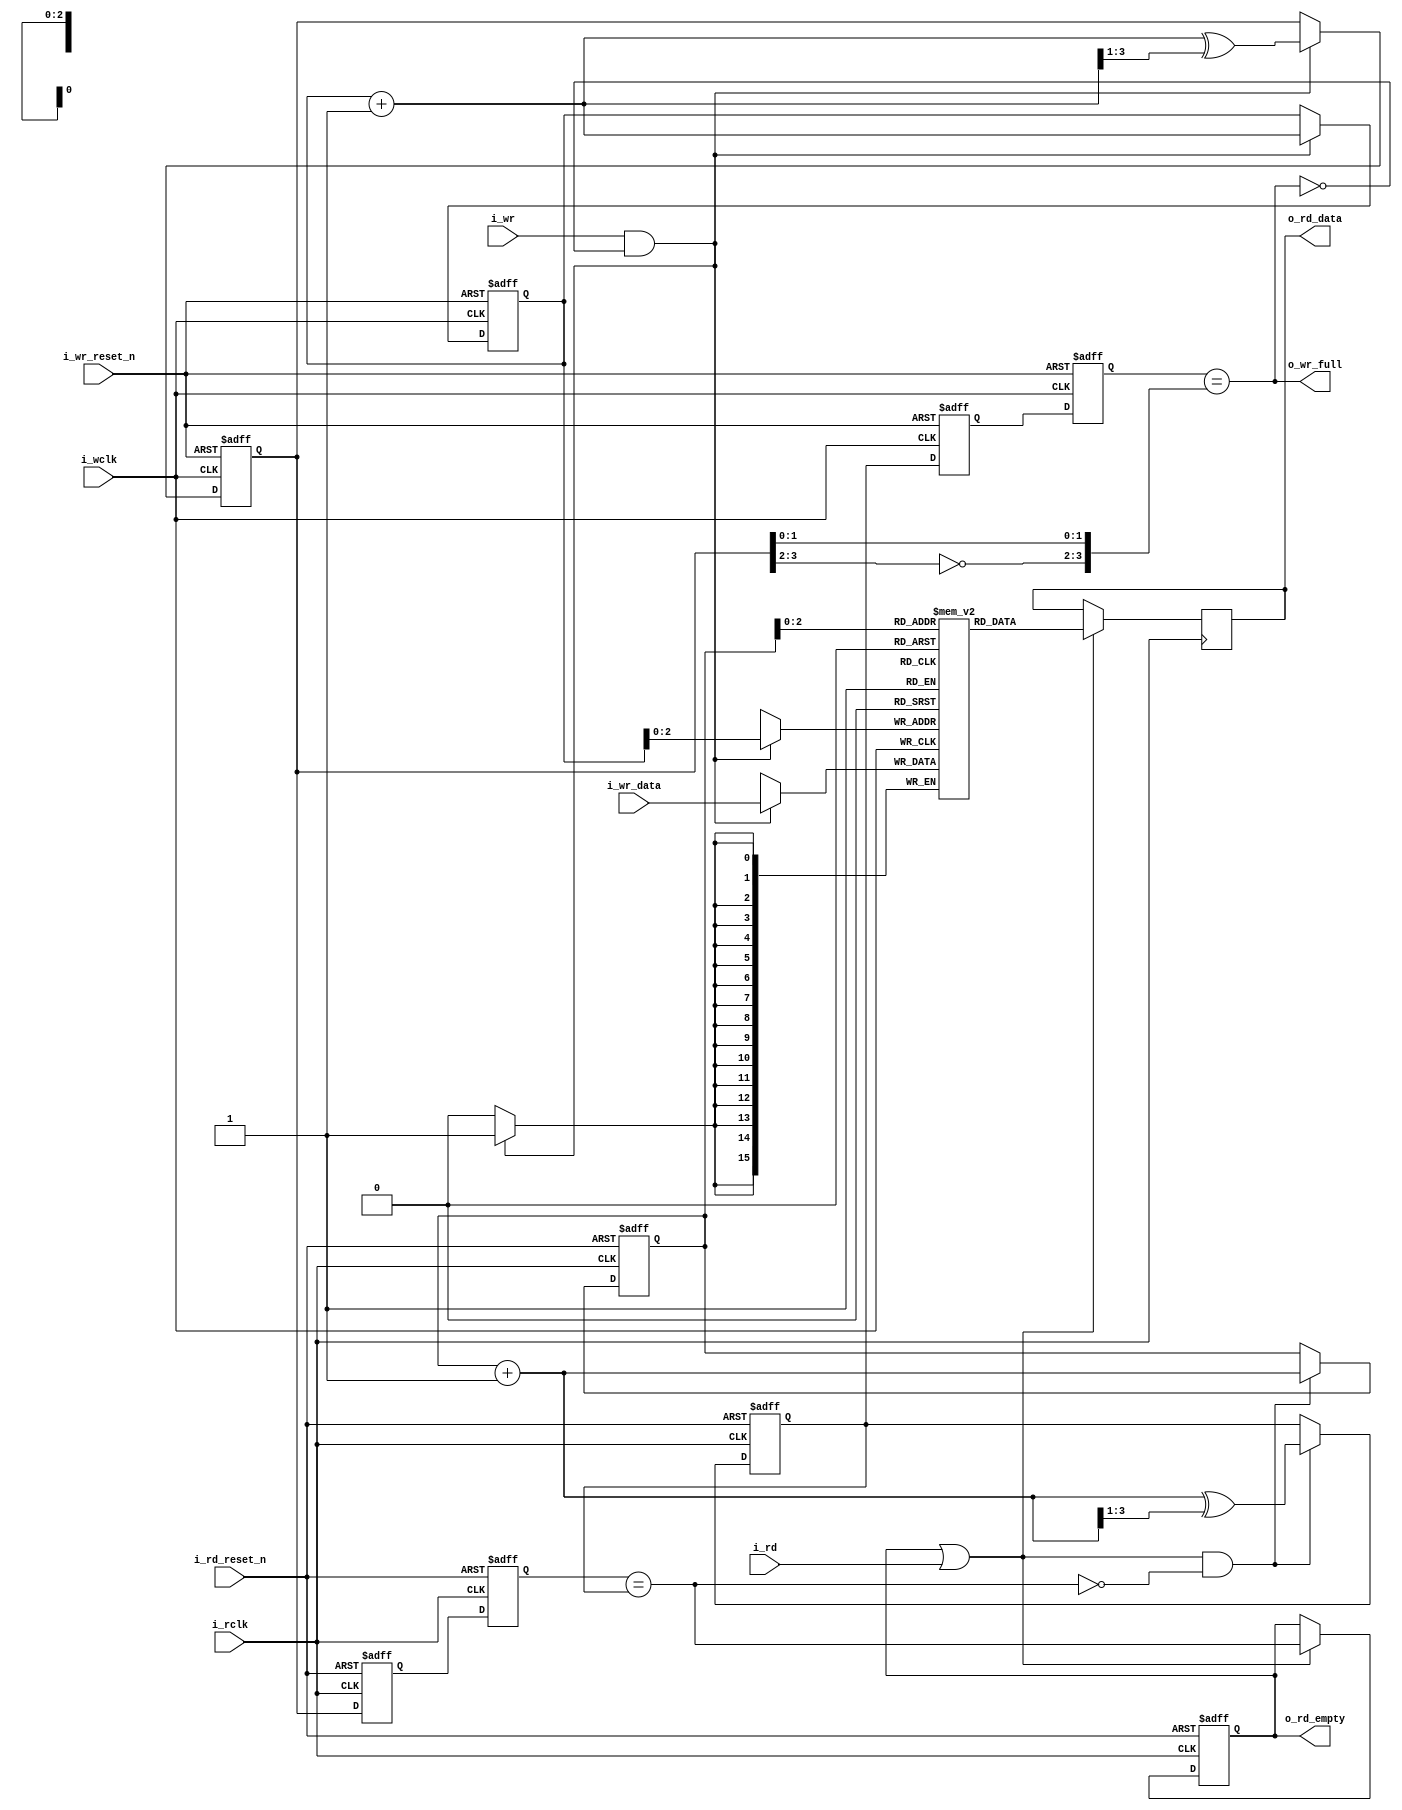
module afifo #(
		// {{{
		// LGFIFO is the log based-two of the number of entries
		//	in the FIFO, log_2(fifo size)
		parameter	LGFIFO = 3,
		//
		// WIDTH is the number of data bits in each entry
		parameter	WIDTH  = 16,
		//
		// NFF is the number of flip flops used to cross clock domains.
		// 2 is a minimum.  Some applications appreciate the better
		parameter	NFF    = 2,
		//
		// This core can either write on the positive edge of the clock
		// or the negative edge.  Set WRITE_ON_POSEDGE (the default)
		// to write on the positive edge of the clock.
		parameter [0:0]	WRITE_ON_POSEDGE = 1'b1,
		//
		// Many  logic elements can read from memory asynchronously.
		// This burdens any following logic.  By setting
		// OPT_REGISTER_READS, we force all reads to be synchronous and
		// not burdened by any logic.  You can spare a clock of latency
		// by clearing this register.
		parameter [0:0]	OPT_REGISTER_READS = 1'b1,
		//
		// MSB = most significant bit of the FIFO address vector.  It's
		// just short-hand for LGFIFO, and won't work any other way.
		localparam	MSB = LGFIFO
`ifdef	FORMAL
		// F_OPT_DATA_STB
		// {{{
		// In the formal proof, F_OPT_DATA_STB includes a series of
		// assumptions associated with a data strobe I/O pin--things
		// like a discontinuous clock--just to make sure the core still
		// works in those circumstances
		, parameter [0:0]	F_OPT_DATA_STB = 1'b1
		// }}}
`endif
		// }}}
	) (
		// {{{
		//
		// The (incoming) write data interface
		input	wire			i_wclk, i_wr_reset_n, i_wr,
		input	wire	[WIDTH-1:0]	i_wr_data,
		output	reg			o_wr_full,
		//
		// The (incoming) write data interface
		input	wire			i_rclk, i_rd_reset_n, i_rd,
		output	reg	[WIDTH-1:0]	o_rd_data,
		output	reg			o_rd_empty
`ifdef	FORMAL
		, output reg	[LGFIFO:0]	f_fill
`endif
		// }}}
	);

	// Register/net declarations
	// {{{
	reg	[WIDTH-1:0]		mem	[(1<<LGFIFO)-1:0];
	reg	[LGFIFO:0]		rd_addr, wr_addr,
					rd_wgray, wr_rgray;
	wire	[LGFIFO:0]		next_rd_addr, next_wr_addr;
	reg	[LGFIFO:0]		rgray, wgray;
	(* ASYNC_REG = "TRUE" *) reg	[(LGFIFO+1)*(NFF-1)-1:0]
					rgray_cross, wgray_cross;
	wire				wclk;
	reg	[WIDTH-1:0]		lcl_rd_data;
	reg				lcl_read, lcl_rd_empty;
	// }}}

	// wclk - Write clock generation
	// {{{
	generate if (WRITE_ON_POSEDGE)
	begin

		assign	wclk = i_wclk;

	end else begin

		assign	wclk = !i_wclk;

	end endgenerate
	// }}}

	////////////////////////////////////////////////////////////////////////
	//
	// Write to and read from memory
	// {{{
	////////////////////////////////////////////////////////////////////////
	//
	//

	// wr_addr, wgray
	// {{{
	assign	next_wr_addr = wr_addr + 1;
	always @(posedge wclk or negedge i_wr_reset_n)
	if (!i_wr_reset_n)
	begin
		wr_addr <= 0;
		wgray   <= 0;
	end else if (i_wr && !o_wr_full)
	begin
		wr_addr <= next_wr_addr;
		wgray   <= next_wr_addr ^ (next_wr_addr >> 1);
	end
	// }}}

	// Write to memory
	// {{{
	always @(posedge wclk)
	if (i_wr && !o_wr_full)
		mem[wr_addr[LGFIFO-1:0]] <= i_wr_data;
	// }}}

	// rd_addr, rgray
	// {{{
	assign	next_rd_addr = rd_addr + 1;
	always @(posedge i_rclk or negedge i_rd_reset_n)
	if (!i_rd_reset_n)
	begin
		rd_addr <= 0;
		rgray   <= 0;
	end else if (lcl_read && !lcl_rd_empty)
	begin
		rd_addr <= next_rd_addr;
		rgray   <= next_rd_addr ^ (next_rd_addr >> 1);
	end
	// }}}

	// Read from memory
	// {{{
	always @(*)
		lcl_rd_data = mem[rd_addr[LGFIFO-1:0]];
	// }}}
	// }}}
	////////////////////////////////////////////////////////////////////////
	//
	// Cross clock domains
	// {{{
	////////////////////////////////////////////////////////////////////////
	//
	//

	// read pointer -> wr_rgray
	// {{{
	always @(posedge wclk or negedge i_wr_reset_n)
	if (!i_wr_reset_n)
		{ wr_rgray, rgray_cross } <= 0;
	else
		{ wr_rgray, rgray_cross } <= { rgray_cross, rgray };
	// }}}

	// write pointer -> rd_wgray
	// {{{
	always @(posedge i_rclk or negedge i_rd_reset_n)
	if (!i_rd_reset_n)
		{ rd_wgray, wgray_cross } <= 0;
	else
		{ rd_wgray, wgray_cross } <= { wgray_cross, wgray };
	// }}}

	// }}}
	////////////////////////////////////////////////////////////////////////
	//
	// Flag generation
	// {{{
	////////////////////////////////////////////////////////////////////////
	//
	//

	always @(*)
		o_wr_full = (wr_rgray == { ~wgray[MSB:MSB-1], wgray[MSB-2:0] });

	always @(*)
		lcl_rd_empty = (rd_wgray == rgray);

	// o_rd_empty, o_rd_data
	// {{{
	generate if (OPT_REGISTER_READS)
	begin
		// {{{
		always @(*)
			lcl_read = (o_rd_empty || i_rd);

		always @(posedge i_rclk or negedge i_rd_reset_n)
		if (!i_rd_reset_n)
			o_rd_empty <= 1'b1;
		else if (lcl_read)
			o_rd_empty <= lcl_rd_empty;
			
		always @(posedge i_rclk)
		if (lcl_read)
			o_rd_data <= lcl_rd_data;
		// }}}
	end else begin
		// {{{
		always @(*)
			lcl_read = i_rd;

		always @(*)
			o_rd_empty = lcl_rd_empty;

		always @(*)
			o_rd_data = lcl_rd_data;
		// }}}
	end endgenerate
	// }}}
	// }}}
////////////////////////////////////////////////////////////////////////////////
////////////////////////////////////////////////////////////////////////////////
////////////////////////////////////////////////////////////////////////////////
//
// Formal properties
// {{{
////////////////////////////////////////////////////////////////////////////////
////////////////////////////////////////////////////////////////////////////////
////////////////////////////////////////////////////////////////////////////////
`ifdef	FORMAL
	// Start out with some register/net/macro declarations, f_past_valid,etc
	// {{{
`ifdef	AFIFO
`define	ASSERT	assert
`define	ASSUME	assume
`else
`define	ASSERT	assert
`define	ASSUME	assert
`endif

	(* gclk *)	reg	gbl_clk;
	reg			f_past_valid_gbl, f_past_valid_rd,
				f_rd_in_reset, f_wr_in_reset;
	reg	[WIDTH-1:0]	past_rd_data, past_wr_data;
	reg			past_wr_reset_n, past_rd_reset_n,
				past_rd_empty, past_wclk, past_rclk, past_rd;
	reg	[(LGFIFO+1)*(NFF-1)-1:0]	f_wcross, f_rcross;
	reg	[LGFIFO:0]	f_rd_waddr, f_wr_raddr;
	reg	[LGFIFO:0]	f_rdcross_fill	[NFF-1:0];
	reg	[LGFIFO:0]	f_wrcross_fill	[NFF-1:0];


	initial	f_past_valid_gbl = 1'b0;
	always @(posedge gbl_clk)
		f_past_valid_gbl <= 1'b1;

	initial	f_past_valid_rd = 1'b0;
	always @(posedge i_rclk)
		f_past_valid_rd <= 1'b1;
	// }}}
	////////////////////////////////////////////////////////////////////////
	//
	// Reset checks
	// {{{
	////////////////////////////////////////////////////////////////////////
	//
	//
	initial	f_wr_in_reset = 1'b1;
	always @(posedge wclk or negedge i_wr_reset_n)
	if (!i_wr_reset_n)
		f_wr_in_reset <= 1'b1;
	else
		f_wr_in_reset <= 1'b0;

	initial	f_rd_in_reset = 1'b1;
	always @(posedge i_rclk or negedge i_rd_reset_n)
	if (!i_rd_reset_n)
		f_rd_in_reset <= 1'b1;
	else
		f_rd_in_reset <= 1'b0;

	//
	// Resets are ...
	//	1. Asserted always initially, and ...
	always @(*)
	if (!f_past_valid_gbl)
	begin
		`ASSUME(!i_wr_reset_n);
		`ASSUME(!i_rd_reset_n);
	end

	//	2. They only ever become active together
	always @(*)
	if (past_wr_reset_n && !i_wr_reset_n)
		`ASSUME(!i_rd_reset_n);

	always @(*)
	if (past_rd_reset_n && !i_rd_reset_n)
		`ASSUME(!i_wr_reset_n);

	// }}}
	////////////////////////////////////////////////////////////////////////
	//
	// Synchronous signal assumptions
	// {{{
	////////////////////////////////////////////////////////////////////////
	//
	//

	always @(posedge gbl_clk)
	begin
		past_wr_reset_n <= i_wr_reset_n;
		past_rd_reset_n <= i_rd_reset_n;

		past_wclk  <= wclk;
		past_rclk  <= i_rclk;

		past_rd      <= i_rd;
		past_rd_data <= lcl_rd_data;
		past_wr_data <= i_wr_data;

		past_rd_empty<= lcl_rd_empty;
	end

	//
	// Read side may be assumed to be synchronous
	always @(*)
	if (f_past_valid_gbl && i_rd_reset_n && (past_rclk || !i_rclk))
		// i.e. if (!$rose(i_rclk))
		`ASSUME(i_rd == past_rd);

	always @(*)
	if (f_past_valid_rd && !f_rd_in_reset && !lcl_rd_empty
		&&(past_rclk || !i_rclk))
	begin
		`ASSERT(lcl_rd_data == past_rd_data);
		`ASSERT(lcl_rd_empty == past_rd_empty);
	end


	generate if (F_OPT_DATA_STB)
	begin

		always @(posedge gbl_clk)
			`ASSUME(!o_wr_full);

		always @(posedge gbl_clk)
		if (!i_wr_reset_n)
			`ASSUME(!i_wclk);

		always @(posedge gbl_clk)
			`ASSUME(i_wr == i_wr_reset_n);

		always @(posedge gbl_clk)
		if ($changed(i_wr_reset_n))
			`ASSUME($stable(wclk));

	end endgenerate
	// }}}
	////////////////////////////////////////////////////////////////////////
	//
	// Fill checks
	// {{{
	////////////////////////////////////////////////////////////////////////
	//
	//
	always @(*)
		f_fill = wr_addr - rd_addr;

	always @(*)
	if (!f_wr_in_reset)
		`ASSERT(f_fill <= { 1'b1, {(MSB){1'b0}} });

	always @(*)
	if (wr_addr == rd_addr)
		`ASSERT(lcl_rd_empty);

	always @(*)
	if ((!f_wr_in_reset && !f_rd_in_reset)
			&& wr_addr == { ~rd_addr[MSB], rd_addr[MSB-1:0] })
		`ASSERT(o_wr_full);

	// }}}
	////////////////////////////////////////////////////////////////////////
	//
	// Induction checks
	// {{{
	////////////////////////////////////////////////////////////////////////
	//
	//

	// f_wr_in_reset -- write logic is in its reset state
	// {{{
	always @(*)
	if (f_wr_in_reset)
	begin
		`ASSERT(wr_addr == 0);
		`ASSERT(wgray_cross == 0);

		`ASSERT(rd_addr == 0);
		`ASSERT(rgray_cross == 0);
		`ASSERT(rd_wgray == 0);

		`ASSERT(lcl_rd_empty);
		`ASSERT(!o_wr_full);
	end
	// }}}

	// f_rd_in_reset -- read logic is in its reset state
	// {{{
	always @(*)
	if (f_rd_in_reset)
	begin
		`ASSERT(rd_addr == 0);
		`ASSERT(rgray_cross == 0);
		`ASSERT(rd_wgray == 0);

		`ASSERT(lcl_rd_empty);
	end
	// }}}

	// f_wr_raddr -- a read address to match the gray values
	// {{{
	always @(posedge wclk or negedge i_wr_reset_n)
	if (!i_wr_reset_n)
		{ f_wr_raddr, f_rcross } <= 0;
	else
		{ f_wr_raddr, f_rcross } <= { f_rcross, rd_addr };
	// }}}

	// f_rd_waddr -- a write address to match the gray values
	// {{{
	always @(posedge i_rclk or negedge i_rd_reset_n)
	if (!i_rd_reset_n)
		{ f_rd_waddr, f_wcross } <= 0;
	else
		{ f_rd_waddr, f_wcross } <= { f_wcross, wr_addr };
	// }}}

	integer	k;

	// wgray check
	// {{{
	always @(*)
		`ASSERT((wr_addr ^ (wr_addr >> 1)) == wgray);
	// }}}

	// wgray_cross check
	// {{{
	always @(*)
	for(k=0; k<NFF-1; k=k+1)
		`ASSERT((f_wcross[k*(LGFIFO+1) +: LGFIFO+1]
			^ (f_wcross[k*(LGFIFO+1)+: LGFIFO+1]>>1))
			== wgray_cross[k*(LGFIFO+1) +: LGFIFO+1]);
	// }}}

	// rgray check
	// {{{
	always @(*)
		`ASSERT((rd_addr ^ (rd_addr >> 1)) == rgray);
	// }}}

	// rgray_cross check
	// {{{
	always @(*)
	for(k=0; k<NFF-1; k=k+1)
		`ASSERT((f_rcross[k*(LGFIFO+1) +: LGFIFO+1]
			^ (f_rcross[k*(LGFIFO+1) +: LGFIFO+1]>>1))
			== rgray_cross[k*(LGFIFO+1) +: LGFIFO+1]);
	// }}}

	// wr_rgray
	// {{{
	always @(*)
		`ASSERT((f_wr_raddr ^ (f_wr_raddr >> 1)) == wr_rgray);
	// }}}

	// rd_wgray
	// {{{
	always @(*)
		`ASSERT((f_rd_waddr ^ (f_rd_waddr >> 1)) == rd_wgray);
	// }}}

	// f_rdcross_fill
	// {{{
	always @(*)
	for(k=0; k<NFF-1; k=k+1)
		f_rdcross_fill[k] = f_wcross[k*(LGFIFO+1) +: LGFIFO+1]
				- rd_addr;

	always @(*)
		f_rdcross_fill[NFF-1] = f_rd_waddr - rd_addr;

	always @(*)
	for(k=0; k<NFF; k=k+1)
		`ASSERT(f_rdcross_fill[k] <= { 1'b1, {(LGFIFO){1'b0}} });

	always @(*)
	for(k=1; k<NFF; k=k+1)
		`ASSERT(f_rdcross_fill[k] <= f_rdcross_fill[k-1]);
	always @(*)
		`ASSERT(f_rdcross_fill[0] <= f_fill);
	// }}}

	// f_wrcross_fill
	// {{{
	always @(*)
	for(k=0; k<NFF-1; k=k+1)
		f_wrcross_fill[k] = wr_addr -
			f_rcross[k*(LGFIFO+1) +: LGFIFO+1];

	always @(*)
		f_wrcross_fill[NFF-1] = wr_addr - f_wr_raddr;

	always @(*)
	for(k=0; k<NFF; k=k+1)
		`ASSERT(f_wrcross_fill[k] <= { 1'b1, {(LGFIFO){1'b0}} });

	always @(*)
	for(k=1; k<NFF; k=k+1)
		`ASSERT(f_wrcross_fill[k] >= f_wrcross_fill[k-1]);
	always @(*)
		`ASSERT(f_wrcross_fill[0] >= f_fill);
	// }}}

	// }}}
	////////////////////////////////////////////////////////////////////////
	//
	// Clock generation
	// {{{
	////////////////////////////////////////////////////////////////////////
	//
	//

	// Here's the challenge: if we use $past with any of our clocks, such
	// as to determine stability or any such, the proof takes forever, and
	// we need to guarantee a minimum number of transitions within the
	// depth of the proof.  If, on the other hand, we build our own $past
	// primitives--we can then finish much faster and be successful on
	// any depth of proof.

	// pre_xclk is what the clock will become on the next global clock edge.
	// By using it here, we can check things @(*) instead of
	// @(posedge gbl_clk).  Further, we can check $rose(pre_xclk) (or $fell)
	// and essentially check things @(*) but while using @(global_clk).
	// In other words, we can transition on @(posedge gbl_clk), but stay
	// in sync with the data--rather than being behind by a clock.
	// now_xclk is what the clock is currently.
	//
	(* anyseq *)	reg	pre_wclk, pre_rclk;
			reg	now_wclk, now_rclk;
	always @(posedge gbl_clk)
	begin
		now_wclk <= pre_wclk;
		now_rclk <= pre_rclk;
	end

	always @(*)
	begin
		assume(i_wclk == now_wclk);
		assume(i_rclk == now_rclk);
	end

	always @(posedge gbl_clk)
		assume(i_rclk == $past(pre_rclk));

	// Assume both clocks start idle
	// {{{
	always @(*)
	if (!f_past_valid_gbl)
	begin
		assume(!pre_wclk && !wclk);
		assume(!pre_rclk && !i_rclk);
	end
	// }}}

	// }}}
	////////////////////////////////////////////////////////////////////////
	//
	// Formal contract check --- the twin write test
	// {{{
	////////////////////////////////////////////////////////////////////////
	//
	//

	// Tracking register declarations
	// {{{
			reg	[WIDTH-1:0]	f_first, f_next;
	(* anyconst *)	reg	[LGFIFO:0]	f_addr;
			reg	[LGFIFO:0]	f_next_addr;
	reg			f_first_in_fifo, f_next_in_fifo;
	reg	[LGFIFO:0]	f_to_first, f_to_next;
	reg	[1:0]	f_state;

	always @(*)
		f_next_addr = f_addr + 1;
	// }}}

	// distance_to*, *_in_fifo
	// {{{
	always @(*)
	begin
		f_to_first = f_addr - rd_addr;

		f_first_in_fifo = 1'b1;
		if ((f_to_first >= f_fill)||(f_fill == 0))
			f_first_in_fifo = 1'b0;

		if (mem[f_addr] != f_first)
			f_first_in_fifo = 1'b0;

		//
		// Check the second item
		//

		f_to_next  = f_next_addr - rd_addr;
		f_next_in_fifo = 1'b1;
		if ((f_to_next >= f_fill)||(f_fill == 0))
			f_next_in_fifo = 1'b0;

		if (mem[f_next_addr] != f_next)
			f_next_in_fifo = 1'b0;
	end
	// }}}

	// f_state -- generate our state variable
	// {{{
	initial	f_state = 0;
	always @(posedge gbl_clk)
	if (!i_wr_reset_n)
		f_state <= 0;
	else case(f_state)
	2'b00: if (($rose(pre_wclk))&& i_wr && !o_wr_full &&(wr_addr == f_addr))
		begin
			f_state <= 2'b01;
			f_first <= i_wr_data;
		end
	2'b01: if ($rose(pre_rclk)&& lcl_read && rd_addr == f_addr)
			f_state <= 2'b00;
		else if ($rose(pre_wclk) && i_wr && !o_wr_full )
		begin
			f_state <= 2'b10;
			f_next  <= i_wr_data;
		end
	2'b10: if ($rose(pre_rclk) && lcl_read && !lcl_rd_empty && rd_addr == f_addr)
		f_state <= 2'b11;
	2'b11: if ($rose(pre_rclk) && lcl_read && !lcl_rd_empty && rd_addr == f_next_addr)
		f_state <= 2'b00;
	endcase
	// }}}
		
	// f_state invariants
	// {{{
	always @(*)
	if (i_wr_reset_n) case(f_state)
	2'b00: begin end
	2'b01: begin
		`ASSERT(f_first_in_fifo);
		`ASSERT(wr_addr == f_next_addr);
		`ASSERT(f_fill >= 1);
		end
	2'b10: begin
		`ASSERT(f_first_in_fifo);
		`ASSERT(f_next_in_fifo);
		if (!lcl_rd_empty && (rd_addr == f_addr))
			`ASSERT(lcl_rd_data == f_first);
		`ASSERT(f_fill >= 2);
		end
	2'b11: begin
		`ASSERT(rd_addr == f_next_addr);
		`ASSERT(f_next_in_fifo);
		`ASSERT(f_fill >= 1);
		if (!lcl_rd_empty)
			`ASSERT(lcl_rd_data == f_next);
		end
	endcase
	// }}}

	generate if (OPT_REGISTER_READS)
	begin
		reg	past_o_rd_empty;

		always @(posedge gbl_clk)
			past_o_rd_empty <= o_rd_empty;

		always @(posedge gbl_clk)
		if (f_past_valid_gbl && i_rd_reset_n)
		begin
			if ($past(!o_rd_empty && !i_rd && i_rd_reset_n))
				`ASSERT($stable(o_rd_data));
		end

		always @(posedge gbl_clk)
		if (!f_rd_in_reset && i_rd_reset_n && i_rclk && !past_rclk)
		begin
			if (past_o_rd_empty)
				`ASSERT(o_rd_data == past_rd_data);
			if (past_rd)
				`ASSERT(o_rd_data == past_rd_data);
		end

	end endgenerate
	// }}}
	////////////////////////////////////////////////////////////////////////
	//
	// Cover checks
	// {{{
	////////////////////////////////////////////////////////////////////////
	//
	//

	// Prove that we can read and write the FIFO
	// {{{
	always @(*)
	if (i_wr_reset_n && i_rd_reset_n)
	begin
		cover(o_rd_empty);
		cover(!o_rd_empty);
		cover(f_state == 2'b01);
		cover(f_state == 2'b10);
		cover(f_state == 2'b11);
		cover(&f_fill[MSB-1:0]);

		cover(i_rd);
		cover(i_rd && !o_rd_empty);
	end
	// }}}

`ifdef	AFIFO
	generate if (!F_OPT_DATA_STB)
	begin : COVER_FULL
		// {{{
		reg	cvr_full;

		initial	cvr_full = 1'b0;
		always @(posedge gbl_clk)
		if (!i_wr_reset_n)
			cvr_full <= 1'b0;
		else if (o_wr_full)
			cvr_full <= 1'b1;


		always @(*)
		if (f_past_valid_gbl && i_wr_reset_n)
		begin
			cover(o_wr_full);
			cover(o_rd_empty && cvr_full);
			cover(o_rd_empty && f_fill == 0 && cvr_full);
		end
		// }}}
	end else begin : COVER_NEARLY_FULL
		// {{{
		reg	cvr_nearly_full;

		initial	cvr_nearly_full = 1'b0;
		always @(posedge gbl_clk)
		if (!i_wr_reset_n)
			cvr_nearly_full <= 1'b0;
		else if (f_fill == { 1'b0, {(LGFIFO){1'b1} }})
			cvr_nearly_full <= 1'b1;


		always @(*)
		if (f_past_valid_gbl && i_wr_reset_n)
		begin
			cover(f_fill == { 1'b0, {(LGFIFO){1'b1} }});
			cover(cvr_nearly_full && i_wr_reset_n);
			cover(o_rd_empty && cvr_nearly_full);
			cover(o_rd_empty && f_fill == 0 && cvr_nearly_full);
		end
		// }}}
	end endgenerate
`endif
	// }}}
`endif
// }}}
endmodule